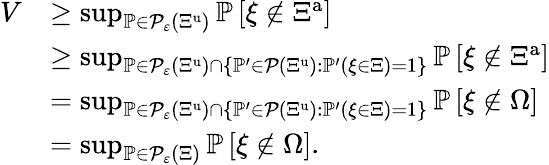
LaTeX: \begin{array}{rl}{V}&{\geq\operatorname*{sup}_{{\mathbb P}\in{\mathcal P}_{\varepsilon}\left({\Xi}^{\mathrm{u}}\right)}{\mathbb P}\left[{\xi}\notin\Xi^{\mathrm{a}}\right]}\\ &{\geq\operatorname*{sup}_{{\mathbb P}\in{\mathcal P}_{\varepsilon}\left({\Xi}^{\mathrm{u}}\right)\cap\left\{ {\mathbb P}^{\prime}\in{\mathcal P}\left({\Xi}^{\mathrm{u}}\right):{\mathbb P}^{\prime}\left({\xi}\in{\Xi}\right)=1\right\} }{\mathbb P}\left[{\xi}\notin\Xi^{\mathrm{a}}\right]}\\ &{=\operatorname*{sup}_{{\mathbb P}\in{\mathcal P}_{\varepsilon}\left({\Xi}^{\mathrm{u}}\right)\cap\left\{ {\mathbb P}^{\prime}\in{\mathcal P}\left({\Xi}^{\mathrm{u}}\right):{\mathbb P}^{\prime}\left({\xi}\in{\Xi}\right)=1\right\} }{\mathbb P}\left[{\xi}\notin{\Omega}\right]}\\ &{=\operatorname*{sup}_{{\mathbb P}\in{\mathcal P}_{\varepsilon}\left(\Xi\right)}{\mathbb P}\left[{\xi}\notin{\Omega}\right].}\end{array}